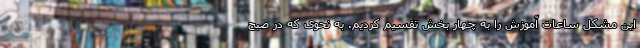
این مشکل ساعات آموزش را به چهار بخش تقسیم کردیم. به نحوی که در صبح